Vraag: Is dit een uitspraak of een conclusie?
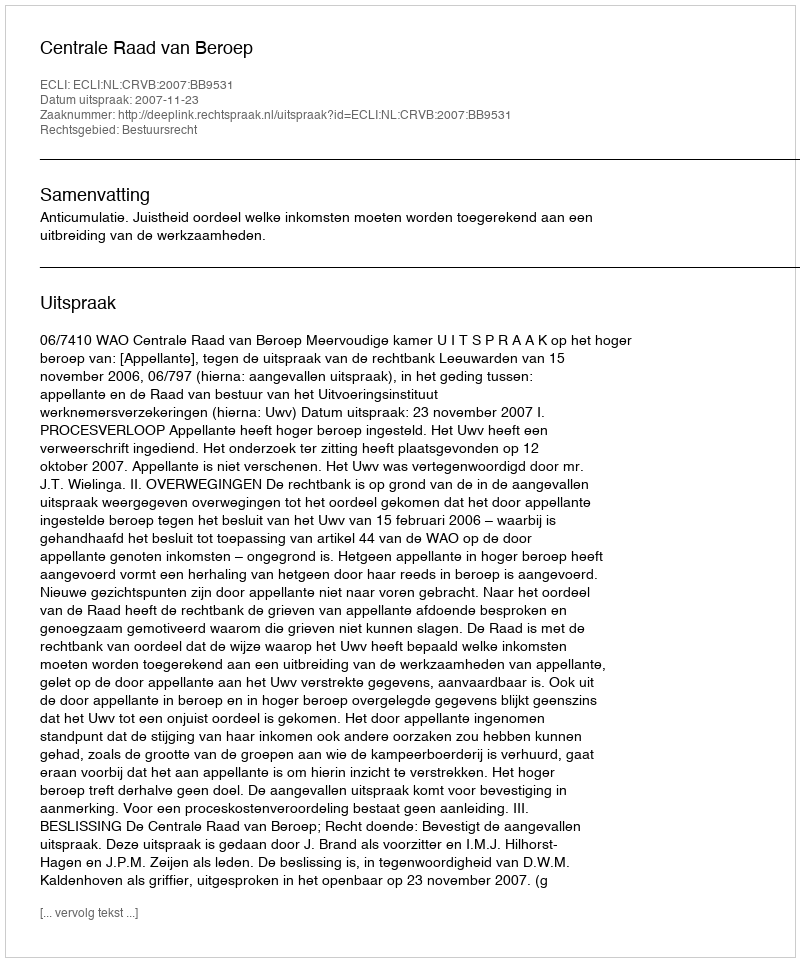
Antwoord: Uitspraak